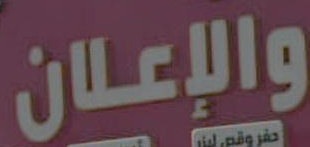
والإعلان